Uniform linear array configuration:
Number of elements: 12
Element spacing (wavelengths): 1
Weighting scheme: hann
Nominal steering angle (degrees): -15
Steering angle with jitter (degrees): -13.799
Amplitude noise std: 0.05
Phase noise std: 0.05

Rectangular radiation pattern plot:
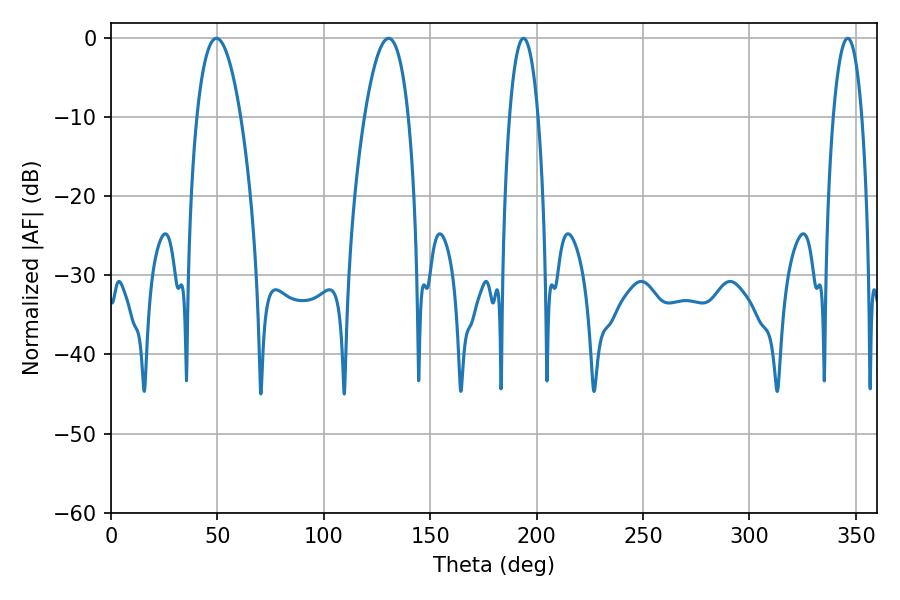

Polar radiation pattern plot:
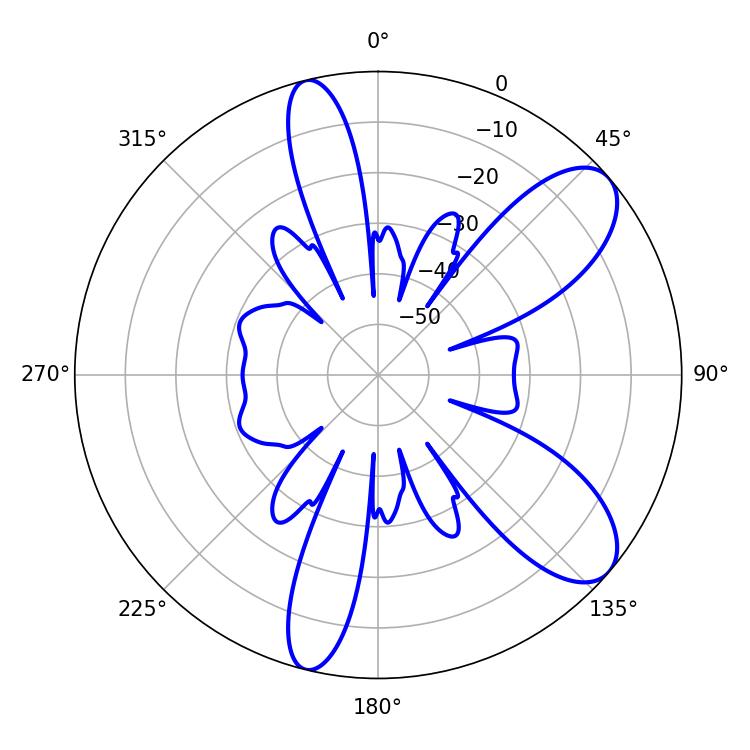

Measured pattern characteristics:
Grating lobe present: TRUE
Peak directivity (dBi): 8.89
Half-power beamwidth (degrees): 7.56
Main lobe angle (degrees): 193.86